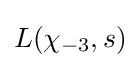
L(\chi _{-3},s)